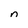
Character: n